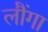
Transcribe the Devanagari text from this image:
लौंगा